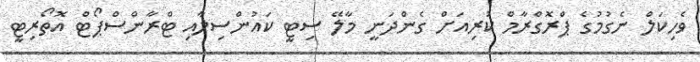
ވެހިކަލް ނެގުމުގެ ޕްރޮގްރާމް ކުރިއަށް ގެންދަނީ މާލޭ ސިޓީ ކައުންސިލާއި ޓްރާންސްޕޯޓް އޮތޯރިޓީ